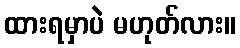
ထားရမှာပဲ မဟုတ်လား။